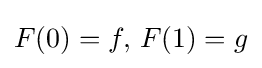
F(0)=f,\,F(1)=g